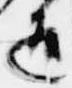
道